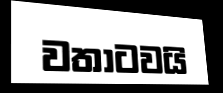
වතාටවයි